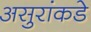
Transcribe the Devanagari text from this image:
असुरांकडे